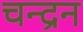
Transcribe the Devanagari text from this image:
चन्‍द्रन